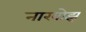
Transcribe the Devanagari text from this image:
नारबोझ